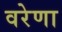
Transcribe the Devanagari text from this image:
वरेणा